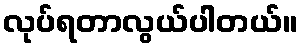
လုပ်ရတာလွယ်ပါတယ်။